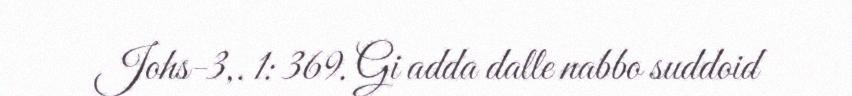
Johs-3,. 1: 369. Gi adda dalle nabbo suddoid